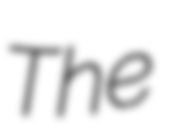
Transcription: The